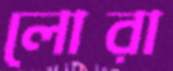
লোরা